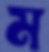
ম